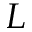
L